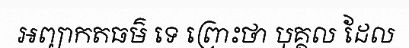
អព្យាកតធម៌ ទេ ព្រោះថា បុគ្គល ដែល